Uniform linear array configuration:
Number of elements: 32
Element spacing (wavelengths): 0.75
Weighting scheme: exponential
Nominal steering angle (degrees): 0
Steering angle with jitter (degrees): -0.07595
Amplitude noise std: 0.05
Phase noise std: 0.05

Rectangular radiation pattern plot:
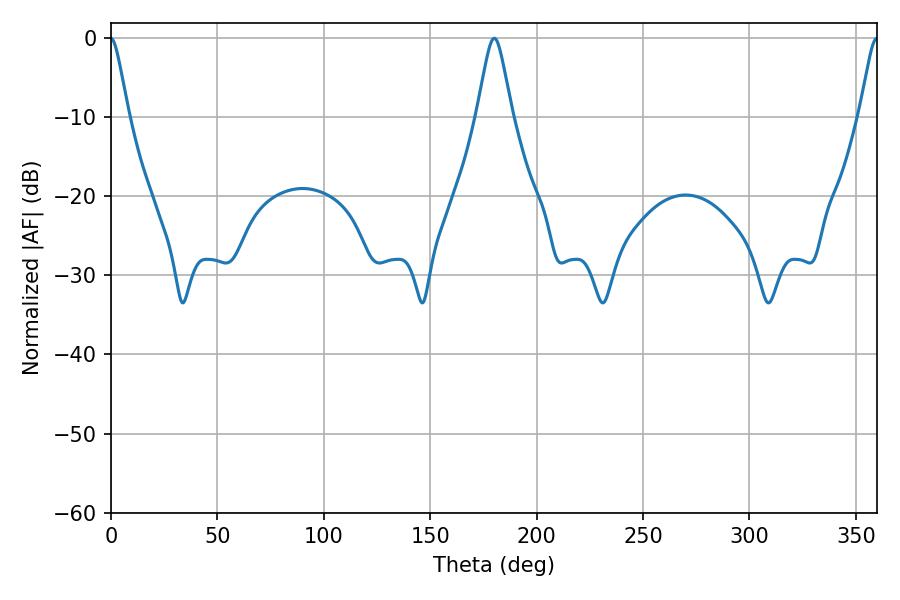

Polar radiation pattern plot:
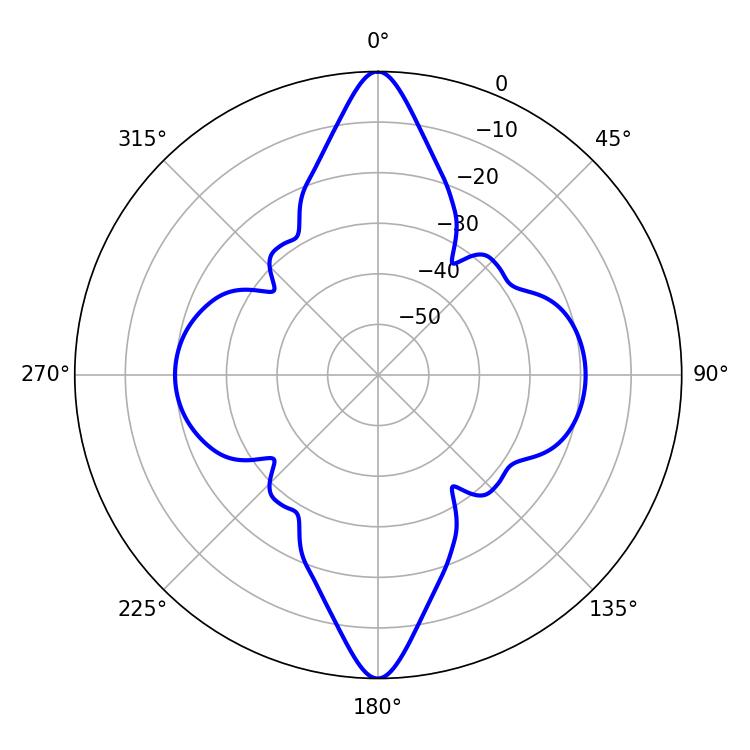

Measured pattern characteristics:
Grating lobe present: TRUE
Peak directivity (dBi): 34.16
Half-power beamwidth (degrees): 7.74
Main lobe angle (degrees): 180.18